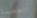
المضيفة